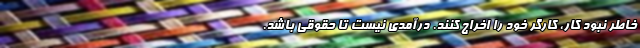
خاطر نبود کار، کارگر خود را اخراج کنند. درآمدی نیست تا حقوقی باشد.